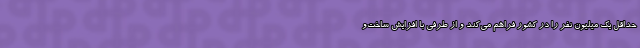
حداقل یک میلیون نفر را در کشور فراهم می‌کند و از طرفی با افزایش ساخت‌و